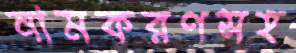
নামকরণসহ